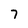
Character: 7